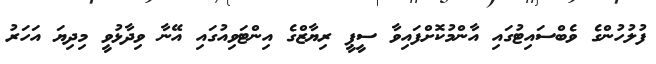
ފުލުހުންގެ ވެބްސައިޓުގައި އާންމުކޮށްފައިވާ ސީޕީ ރިޔާޒްގެ އިންޓަވިއުގައި އޭނާ ވިދާޅުވީ މިދިޔަ އަހަރު